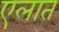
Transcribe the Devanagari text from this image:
एलात